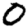
Digit: 0